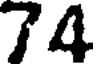
74